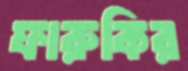
ফারুকির